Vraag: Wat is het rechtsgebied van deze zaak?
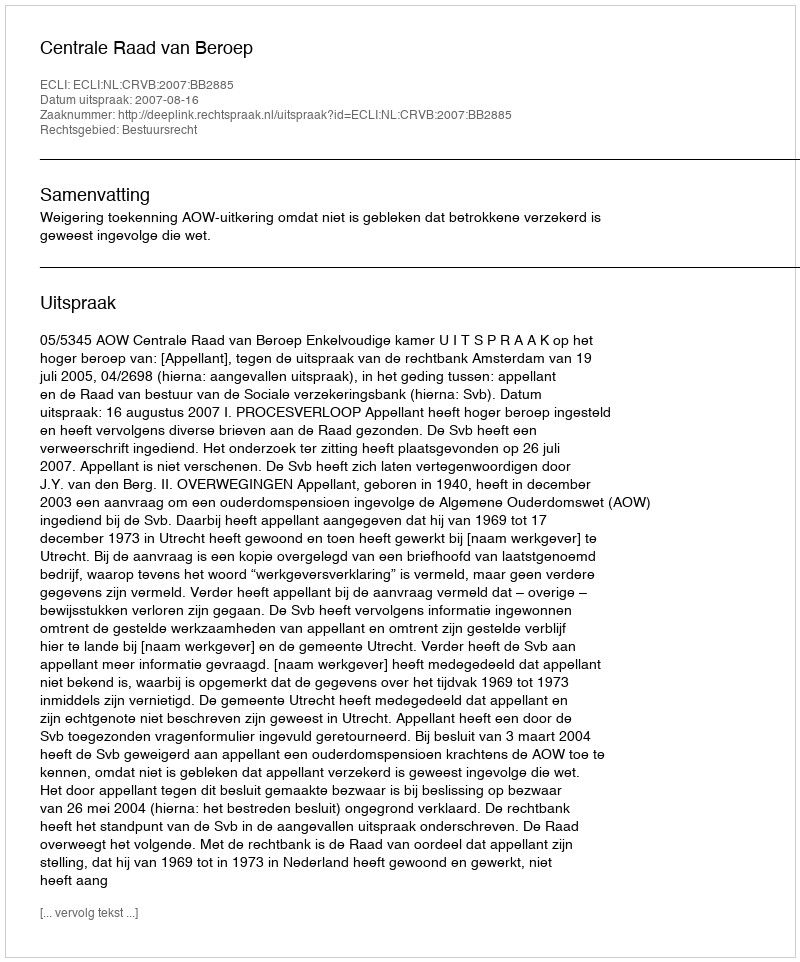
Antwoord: Bestuursrecht